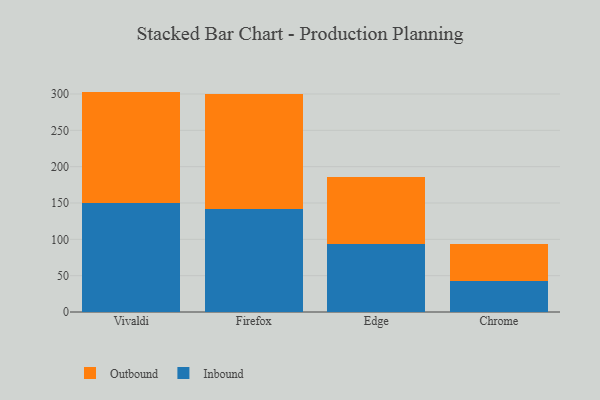
{"axis": {"x": "Browser", "y": "Demand Index"}, "legend": ["Inbound", "Outbound"], "data": [{"x": "Vivaldi", "y": 149.9, "type": "Inbound"}, {"x": "Vivaldi", "y": 153.4, "type": "Outbound"}, {"x": "Firefox", "y": 141.8, "type": "Inbound"}, {"x": "Firefox", "y": 158.3, "type": "Outbound"}, {"x": "Edge", "y": 93.9, "type": "Inbound"}, {"x": "Edge", "y": 92.5, "type": "Outbound"}, {"x": "Chrome", "y": 42.6, "type": "Inbound"}, {"x": "Chrome", "y": 50.3, "type": "Outbound"}]}